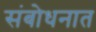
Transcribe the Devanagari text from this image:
संबोधनात